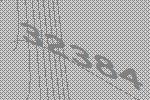
32384